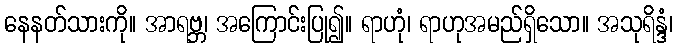
နေနတ်သားကို။ အာရဗ္ဘ၊ အကြောင်းပြု၍။ ရာဟုံ၊ ရာဟုအမည်ရှိသော။ အသုရိန္ဒံ၊